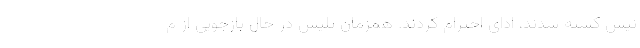
نیس کشته شدند، ادای احترام کردند. همزمان پلیس در حال بازجویی از م